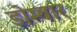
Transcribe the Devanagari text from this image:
डोम्बार